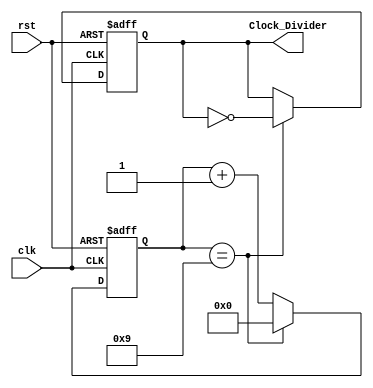
`timescale 1ns / 1ps

//real digital source
//using 4bit counter 
module Clock_Divider(
    input clk,
    input rst,
    output reg Clock_Divider
);
    reg [3:0] count;
    always @ (posedge(clk), posedge(rst))
    begin
        if (rst == 1'b1) count <= 3'b0;
        else if (count == 10 - 1) count <= 3'b0;
        else count <= count + 1;
    end
    always @ (posedge(clk), posedge(rst))
    begin
        if (rst == 1'b1) Clock_Divider <= 1'b0;
        else if (count == 10 - 1) Clock_Divider <= ~Clock_Divider;
        else Clock_Divider <= Clock_Divider;
    end
endmodule